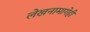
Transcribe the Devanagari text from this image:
लेखनामागेही